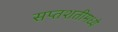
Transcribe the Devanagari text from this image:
सप्तशतीमध्ये